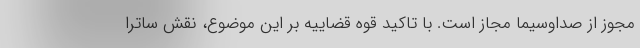
مجوز از صداوسیما مجاز است. با تاکید قوه قضاییه بر این موضوع، نقش ساترا